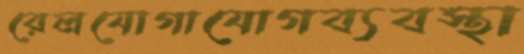
রেলযোগাযোগব্যবস্থা